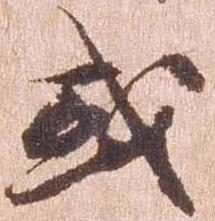
或